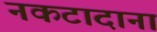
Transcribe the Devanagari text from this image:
नकटादाना